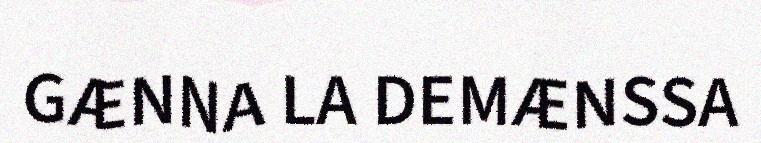
GÆNNA LA DEMÆNSSA